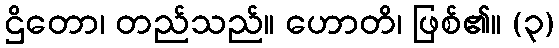
ဌိတော၊ တည်သည်။ ဟောတိ၊ ဖြစ်၏။ (၃)